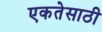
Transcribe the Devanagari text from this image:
एकतेसाठी